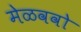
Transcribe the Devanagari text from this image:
मेळववो